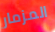
المزمار